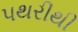
પથરીથી